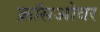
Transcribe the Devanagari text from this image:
क्राॅसओवर